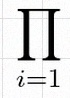
\prod_{i=1}